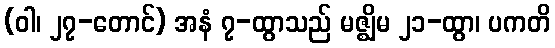
(ဝါ၊ ၂၇-တောင်) အနံ ၇-ထွာသည် မဇ္ဈိမ ၂၁-ထွာ၊ ပကတိ